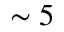
\sim 5